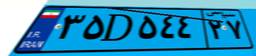
۳۶D۲۷۳۸۱